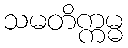
သမတိက္ကမ္မ